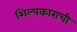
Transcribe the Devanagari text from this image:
शिल्पकाराची